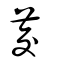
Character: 茭